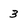
Character: 3